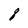
Character: q